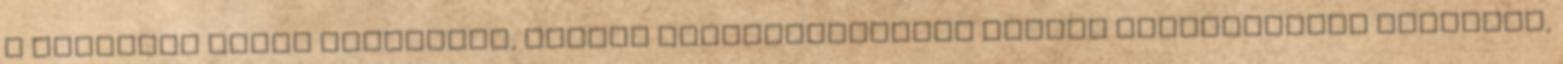
a legendás bólyi szériából, Csilla szomszédasszony sütött kecskesajtos pogácsát,